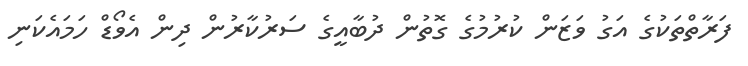
ފަރާތްތަކުގެ އަގު ވަޒަން ކުރުމުގެ ގޮތުން ދުބާއީގެ ސަރުކާރުން ދިން އެވޯޑް ހަމައެކަނި